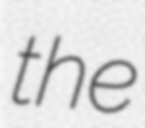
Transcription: the